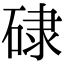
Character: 𥓏